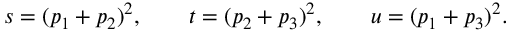
s = ( p _ { 1 } + p _ { 2 } ) ^ { 2 } , \qquad t = ( p _ { 2 } + p _ { 3 } ) ^ { 2 } , \qquad u = ( p _ { 1 } + p _ { 3 } ) ^ { 2 } .